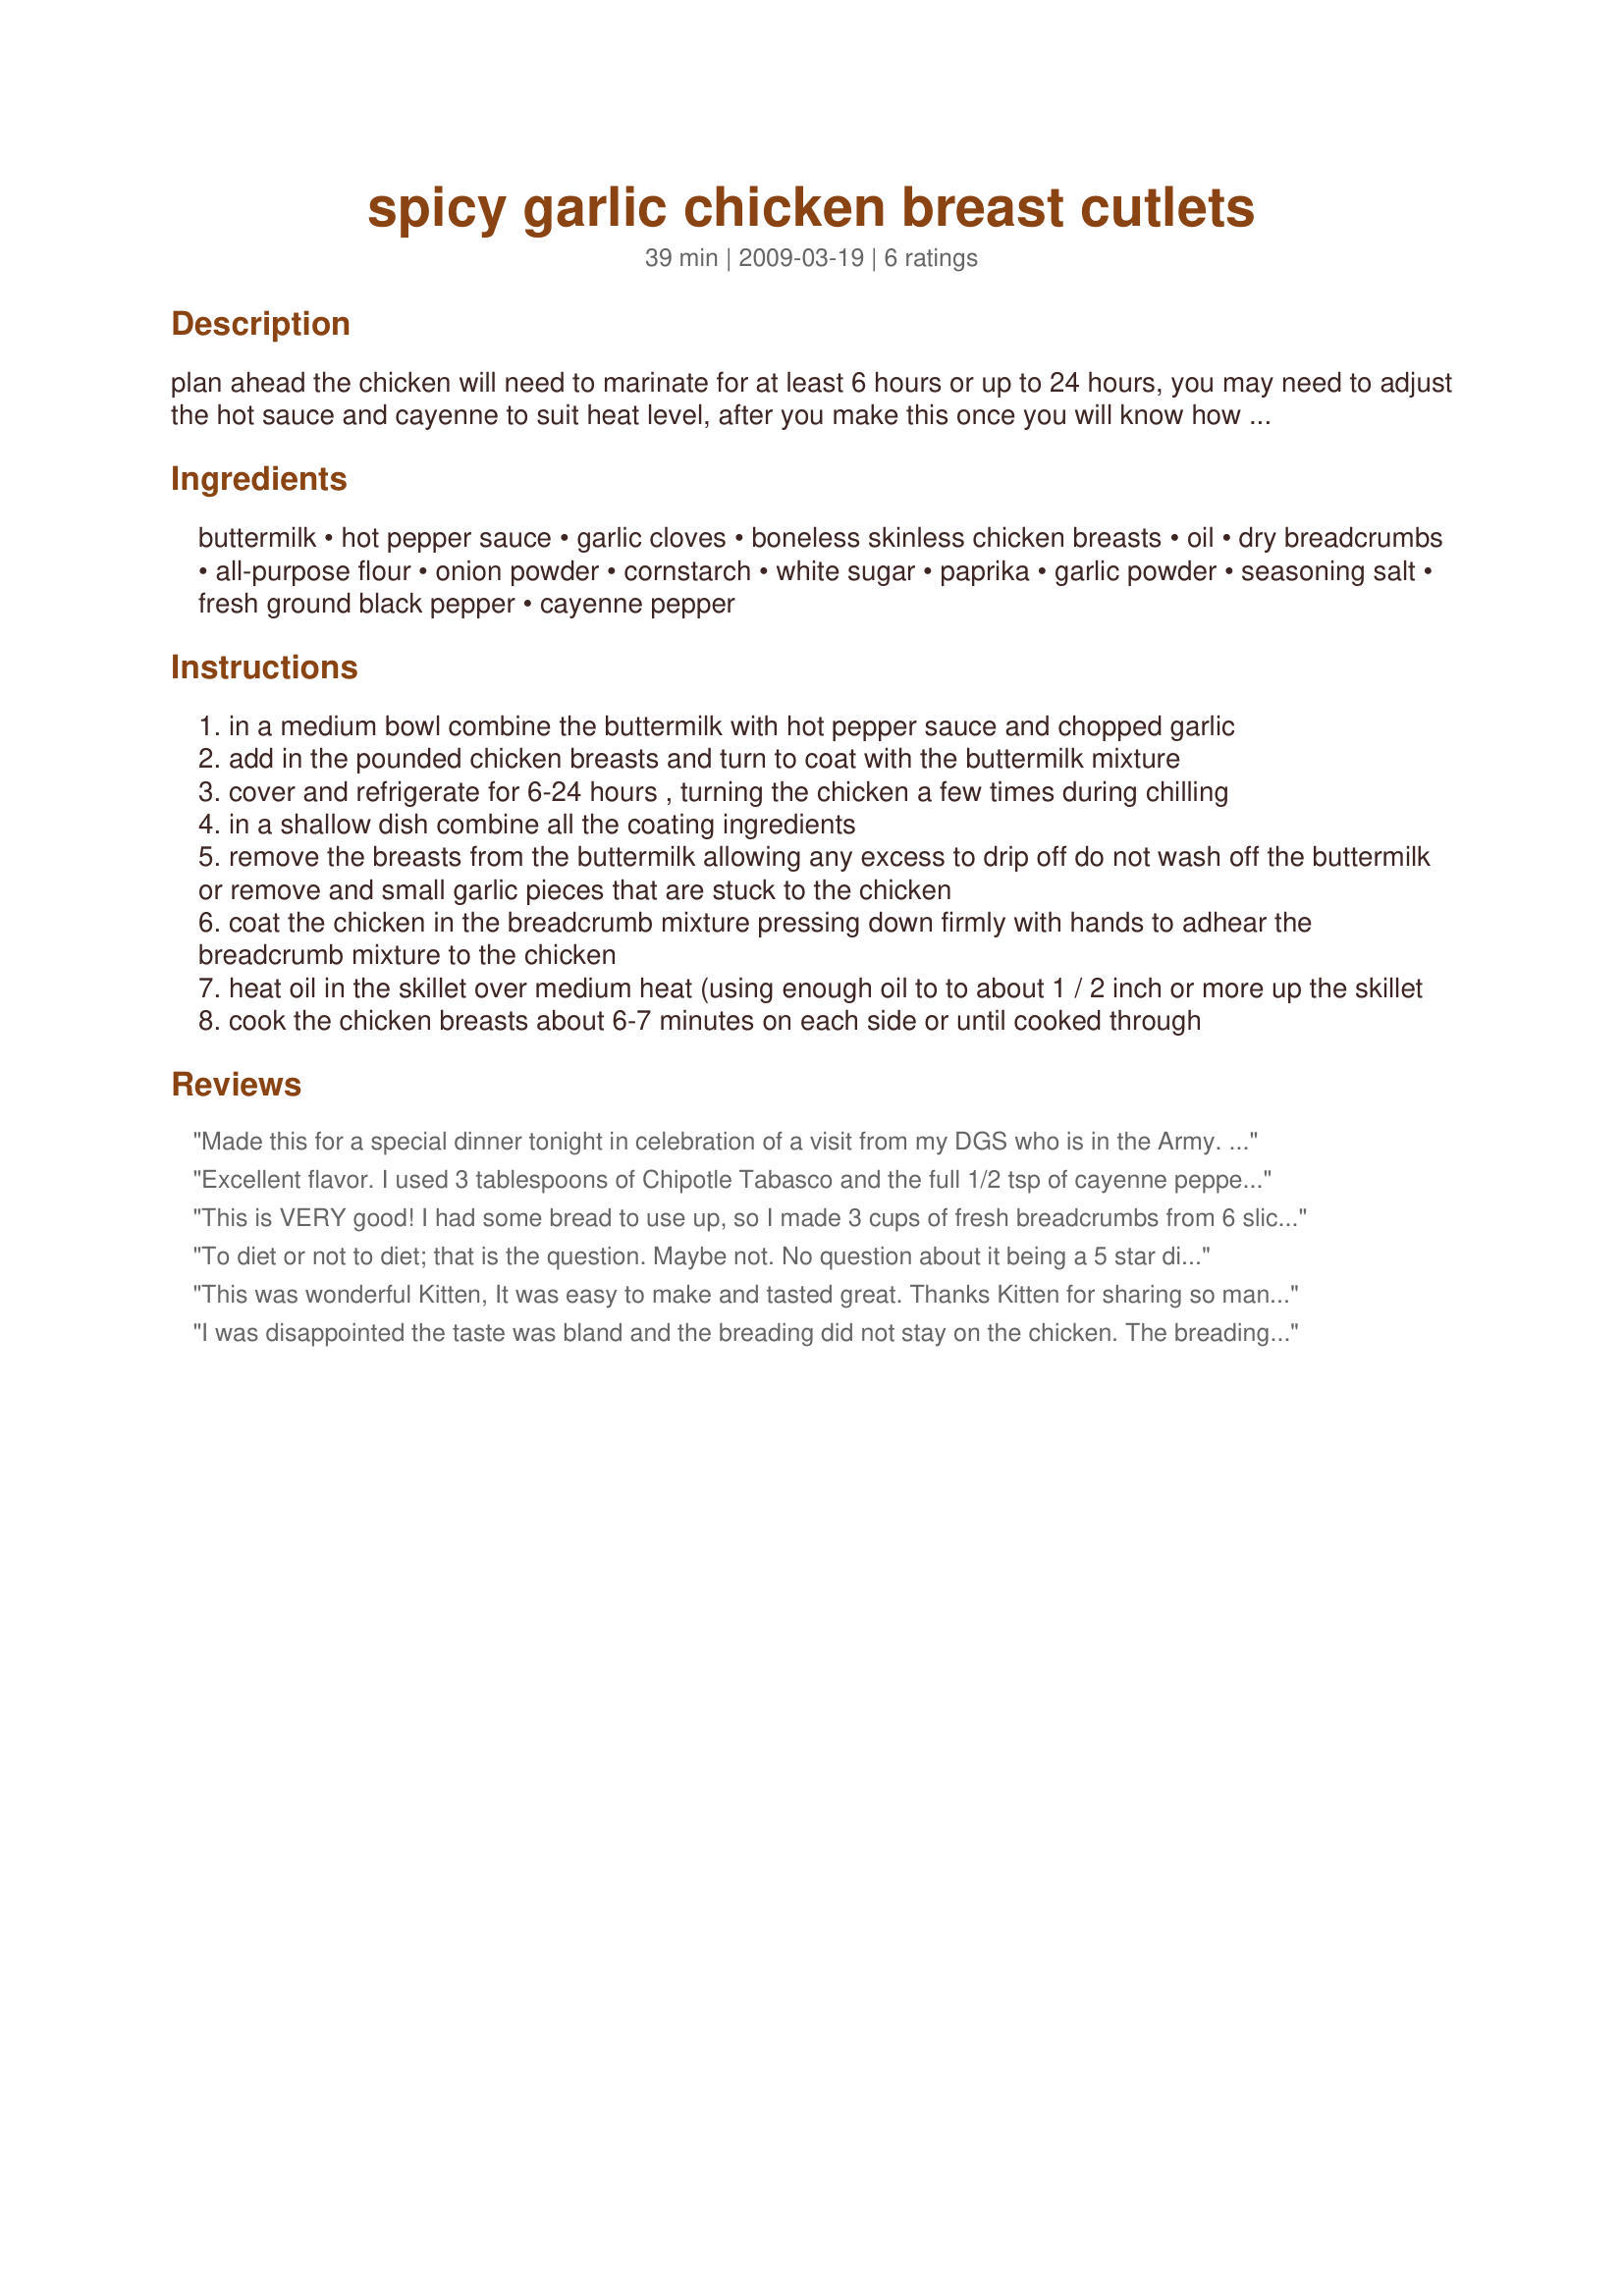
spicy garlic chicken breast cutlets
Preparation time: 39 minutes

plan ahead the chicken will need to marinate for at least 6 hours or up to 24 hours, you may need to adjust the hot sauce and cayenne to suit heat level, after you make this once you will know how much hot sauce and cayenne is suitable for you taste --- this is very good!

Ingredients:
buttermilk, hot pepper sauce, garlic cloves, boneless skinless chicken breasts, oil, dry breadcrumbs, all-purpose flour, onion powder, cornstarch, white sugar, paprika, garlic powder, seasoning salt, fresh ground black pepper, cayenne pepper

Steps:
in a medium bowl combine the buttermilk with hot pepper sauce and chopped garlic
add in the pounded chicken breasts and turn to coat with the buttermilk mixture
cover and refrigerate for 6-24 hours , turning the chicken a few times during chilling
in a shallow dish combine all the coating ingredients
remove the breasts from the buttermilk allowing any excess to drip off do not wash off the buttermilk or remove and small garlic pieces that are stuck to the chicken
coat the chicken in the breadcrumb mixture pressing down firmly with hands to adhear the breadcrumb mixture to the chicken
heat oil in the skillet over medium heat (using enough oil to to about 1 / 2 inch or more up the skillet
cook the chicken breasts about 6-7 minutes on each side or until cooked through

Reviews:
Made this for a special dinner tonight in celebration of a visit from my DGS who is in the Army. He pronounced this deliciously moist chicken to be worthy of 10 stars, and I most certainly have to agree. I used 1/8 cup Louisanne Sauce for the hot sauce and next time will do the same as it was perfect in flavor. Thank You Kitz for yet another fabulous recipe.
Excellent flavor. I used 3 tablespoons of Chipotle Tabasco and the full 1/2 tsp of cayenne pepper. Had a nice kick and the chicken was very moist.
This is VERY good! I had some bread to use up, so I made 3 cups of fresh breadcrumbs from 6 slices of sourdough bread. In the breading mixture, I used Montreal Seasoning for the seasoning salt and some Lawry's Salt as well. Everyone LOVED this. Thank for posting, Kitten.
To diet or not to diet; that is the question. Maybe not. No question about it being a 5 star dish, though.
This was wonderful Kitten, It was easy to make and tasted great. Thanks Kitten for sharing so many great recipes
I was disappointed the taste was bland and the breading did not stay on the chicken. The breading never got crispy..I wont make this again
